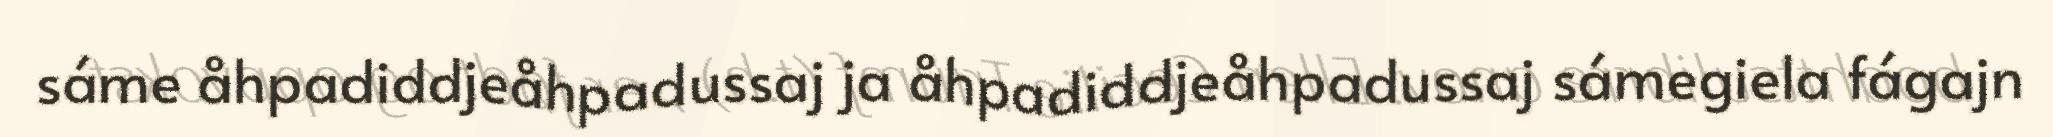
sáme åhpadiddjeåhpadussaj ja åhpadiddjeåhpadussaj sámegiela fágajn